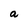
Character: a